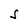
Character: S